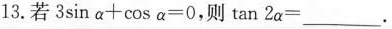
13.若$$3 \sin \alpha + \cos \alpha = 0$$,则 $$\tan 2 \alpha =$$___.